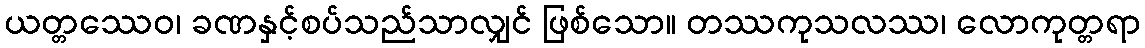
ယတ္တဿေဝ၊ ခဏနှင့်စပ်သည်သာလျှင် ဖြစ်သော။ တဿကုသလဿ၊ လောကုတ္တရာ